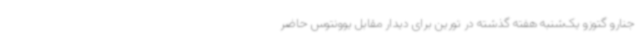
جنارو گتوزو یک‌شنبه هفته گذشته در تورین برای دیدار مقابل یوونتوس حاضر